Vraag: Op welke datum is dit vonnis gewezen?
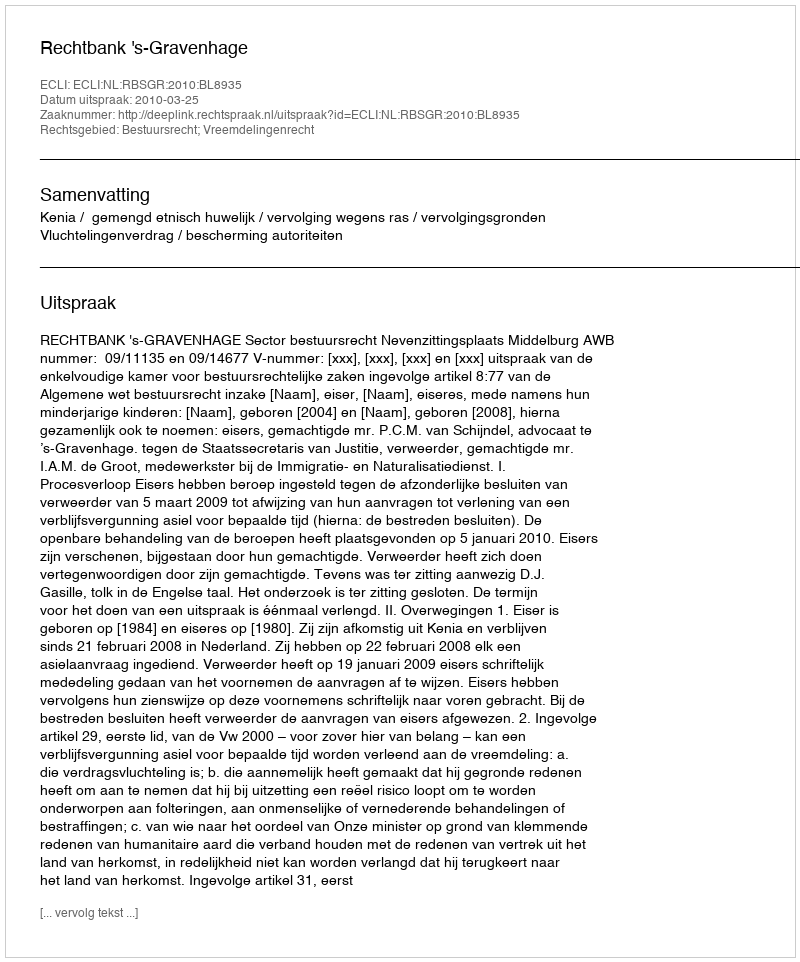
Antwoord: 2010-03-25